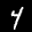
Label: 4